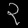
Digit: ၃